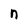
Character: n